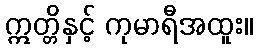
ဣတ္တိနှင့် ကုမာရီအထူး။